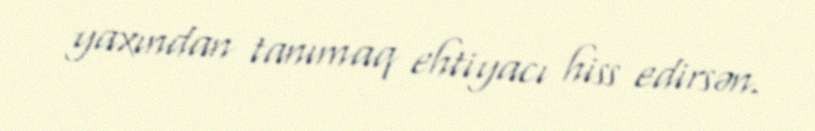
yaxından tanımaq ehtiyacı hiss edirsən.